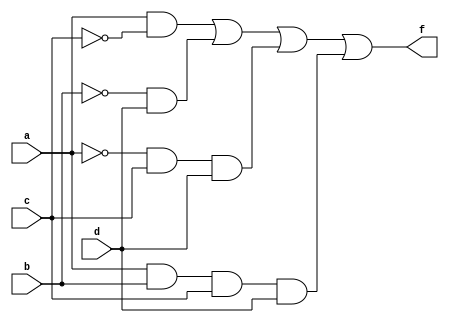
module f3(a, b, c, d, f);

input a, b, c, d;
output f;

assign f = (a & ~c)  | (~b & d) | (~a & c & d) | (a & b & c & d);

endmodule